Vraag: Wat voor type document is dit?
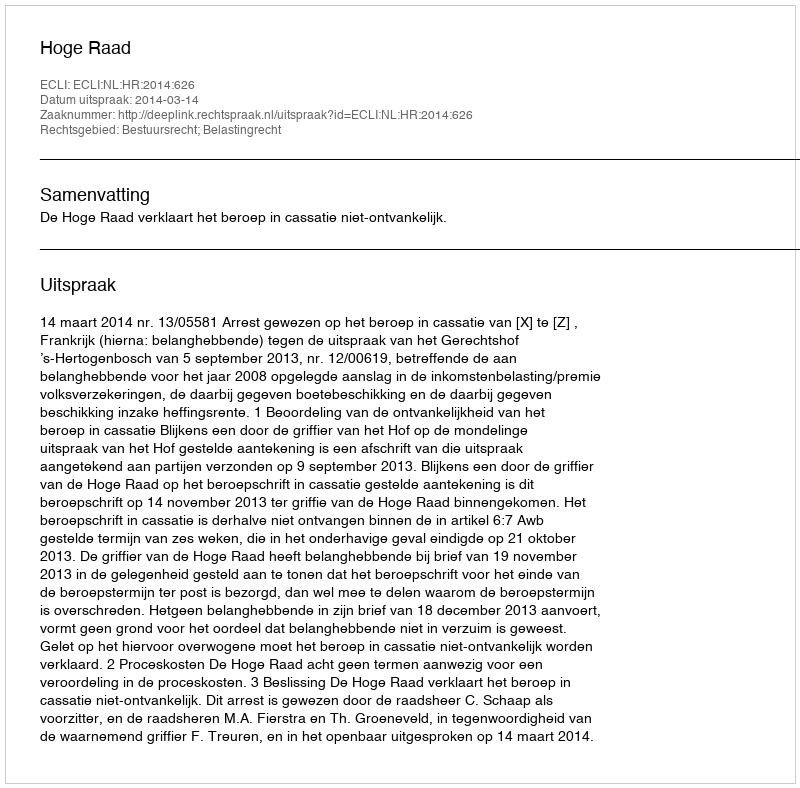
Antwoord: Uitspraak